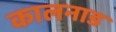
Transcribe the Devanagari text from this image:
कालनाड